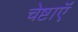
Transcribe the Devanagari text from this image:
चेष्टाऍं